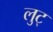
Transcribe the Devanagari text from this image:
लुट्